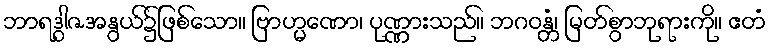
ဘာရဒွါဇအနွယ်၌ဖြစ်သော။ ဗြာဟ္မဏော၊ ပုဏ္ဏားသည်။ ဘဂဝန္တံ၊ မြတ်စွာဘုရားကို။ ဧတံ